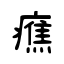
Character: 癄